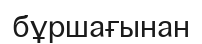
бұршағынан